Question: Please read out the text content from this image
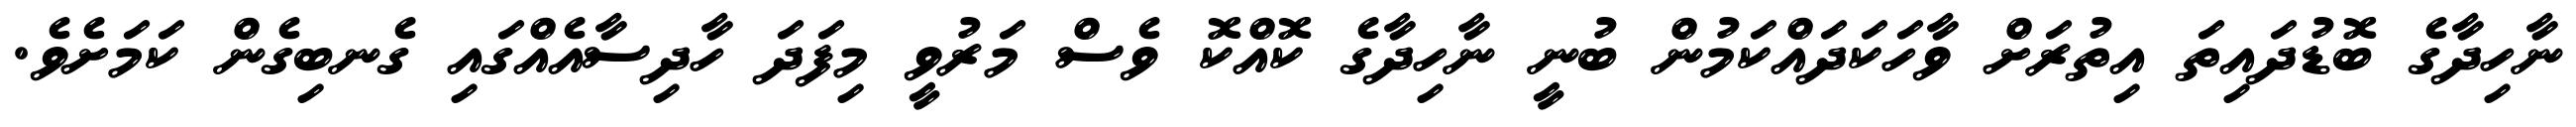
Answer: ނާހިދާގެ ބޮޑުދައިތަ އިތުރަށް ވާހަކަދައްކަމުން ބުނީ ނާހިދާގެ ކޮއްކޮ ވެސް މަރުވީ މިފަދަ ހާދިސާއެއްގައި ގެނބިގެން ކަމަށެވެ.